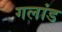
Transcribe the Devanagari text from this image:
गलांड